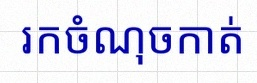
រកចំណុចកាត់